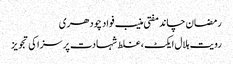
رمضان چاند مفتی منیب فواد چودھری
رویت ہلال ایکٹ ، غلط شہادت پر سزا کی تجویز